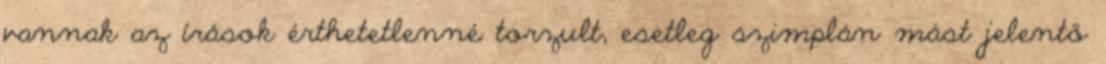
vannak az írások érthetetlenné torzult, esetleg szimplán mást jelentő